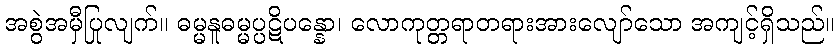
အစွဲအမှီပြုလျက်။ ဓမ္မနူဓမ္မပ္ပဋိပန္နော၊ လောကုတ္တရာတရားအားလျော်သော အကျင့်ရှိသည်။